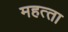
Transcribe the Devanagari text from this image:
महत्‍ता